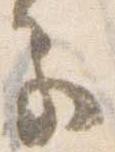
色